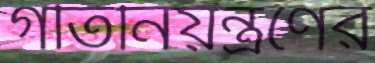
গতিনিয়ন্ত্রণের